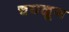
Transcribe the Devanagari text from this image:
चघळून